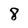
Character: 8